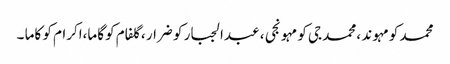
محمد کو مہوند ،محمد جی کو مہونجی ، عبدالجبار کو ضرار ،گلفام کو گاما،اکرام کو کاما ۔